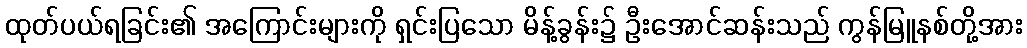
ထုတ်ပယ်ရခြင်း၏ အကြောင်းများကို ရှင်းပြသော မိန့်ခွန်း၌ ဦးအောင်ဆန်းသည် ကွန်မြူနစ်တို့အား